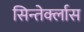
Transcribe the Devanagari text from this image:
सिन्तेर्क्लास